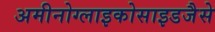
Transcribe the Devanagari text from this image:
अमीनोग्लाइकोसाइडजैसे